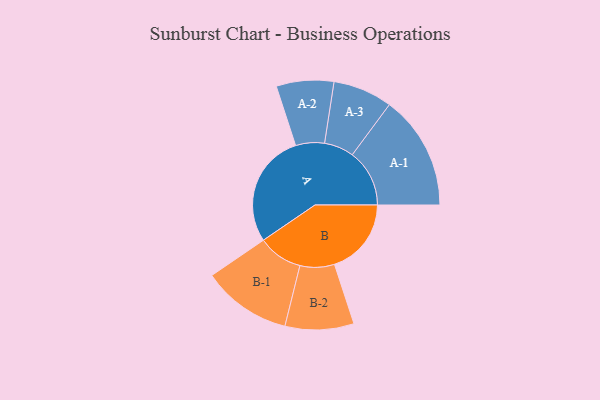
{"axis": {"x": "Segment", "y": "Value"}, "legend": ["", "A", "B"], "data": [{"x": "A", "y": 463, "type": ""}, {"x": "B", "y": 313, "type": ""}, {"x": "A-1", "y": 233, "type": "A"}, {"x": "A-2", "y": 117, "type": "A"}, {"x": "A-3", "y": 121, "type": "A"}, {"x": "B-1", "y": 182, "type": "B"}, {"x": "B-2", "y": 140, "type": "B"}]}